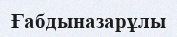
Ғабдыназарұлы